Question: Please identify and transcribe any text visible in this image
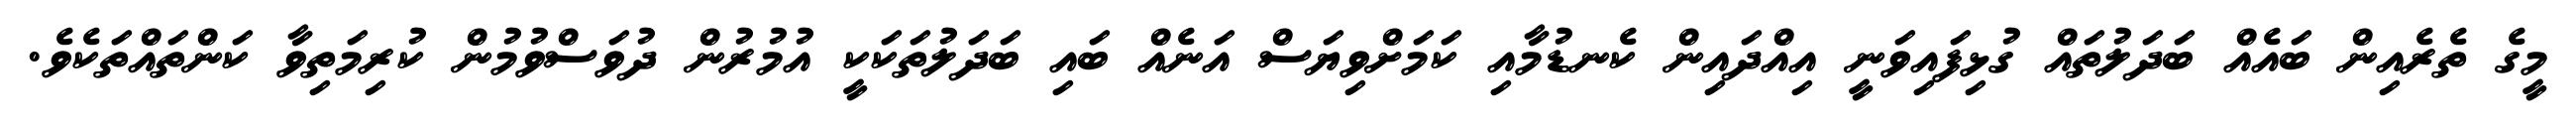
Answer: މީގެ ތެރެއިން ބައެއް ބަދަލުތައް ގުޅިފައިވަނީ އިއްދައިން ކެނޑުމާއި ކަމަށްވިޔަސް އަނެއް ބައި ބަދަލުތަކަކީ އުމުރުން ދުވަސްވުމުން ކުރިމަތިވާ ކަންތައްތަކެވެ.